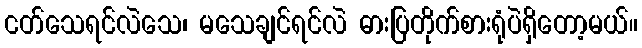
ငတ်သေရင်လဲသေ၊ မသေချင်ရင်လဲ ဓားပြတိုက်စားရုံပဲရှိတော့မယ်။